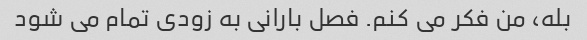
بله، من فکر می کنم. فصل بارانی به زودی تمام می شود